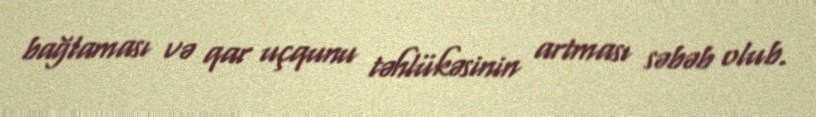
bağlaması və qar uçqunu təhlükəsinin artması səbəb olub.